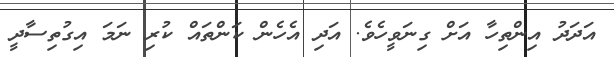
އަދަދު އިންތިހާ އަށް ގިނަވީހެވެ. އަދި އެހެން ކަންތައް ކުރި ނަމަ އިގުތިސާދީ